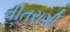
વીતરાગી